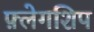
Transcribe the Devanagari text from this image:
फ़्लेगशिप